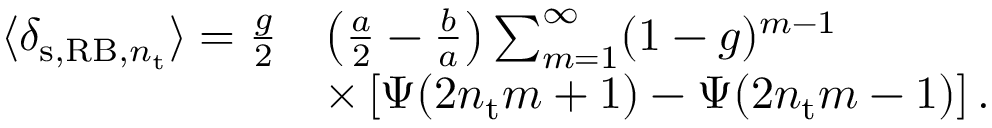
\begin{array} { r l } { \langle \delta _ { \mathrm { s } , \mathrm { R B } , n _ { \mathrm { t } } } \rangle = \frac { g } { 2 } } & { \left( \frac { a } { 2 } - \frac { b } { a } \right) \sum _ { m = 1 } ^ { \infty } ( 1 - g ) ^ { m - 1 } } \\ & { \times \left[ \Psi ( 2 n _ { \mathrm { t } } m + 1 ) - \Psi ( 2 n _ { \mathrm { t } } m - 1 ) \right] . } \end{array}